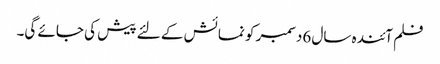
فلم آئندہ سال 6دسمبر کو نمائش کے لئے پیش کی جائے گی۔